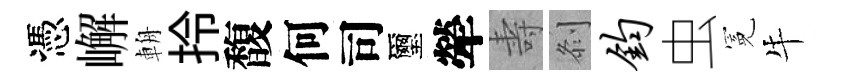
憑嶰輈拎馥何司璽犖壽𠛴钧虫冕牛